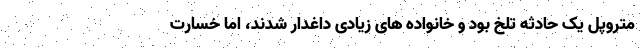
متروپل یک حادثه تلخ بود و خانواده های زیادی داغدار شدند، اما خسارت